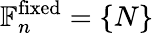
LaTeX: \mathbb{F}_{n}^{\mathrm{fixed}}=\{ N\}